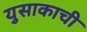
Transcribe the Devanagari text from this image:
युसाकाची